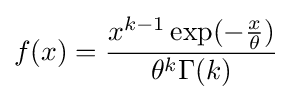
f(x)={\frac {x^{k-1}\exp(-{\frac {x}{\theta }})}{\theta ^{k}\Gamma (k)}}